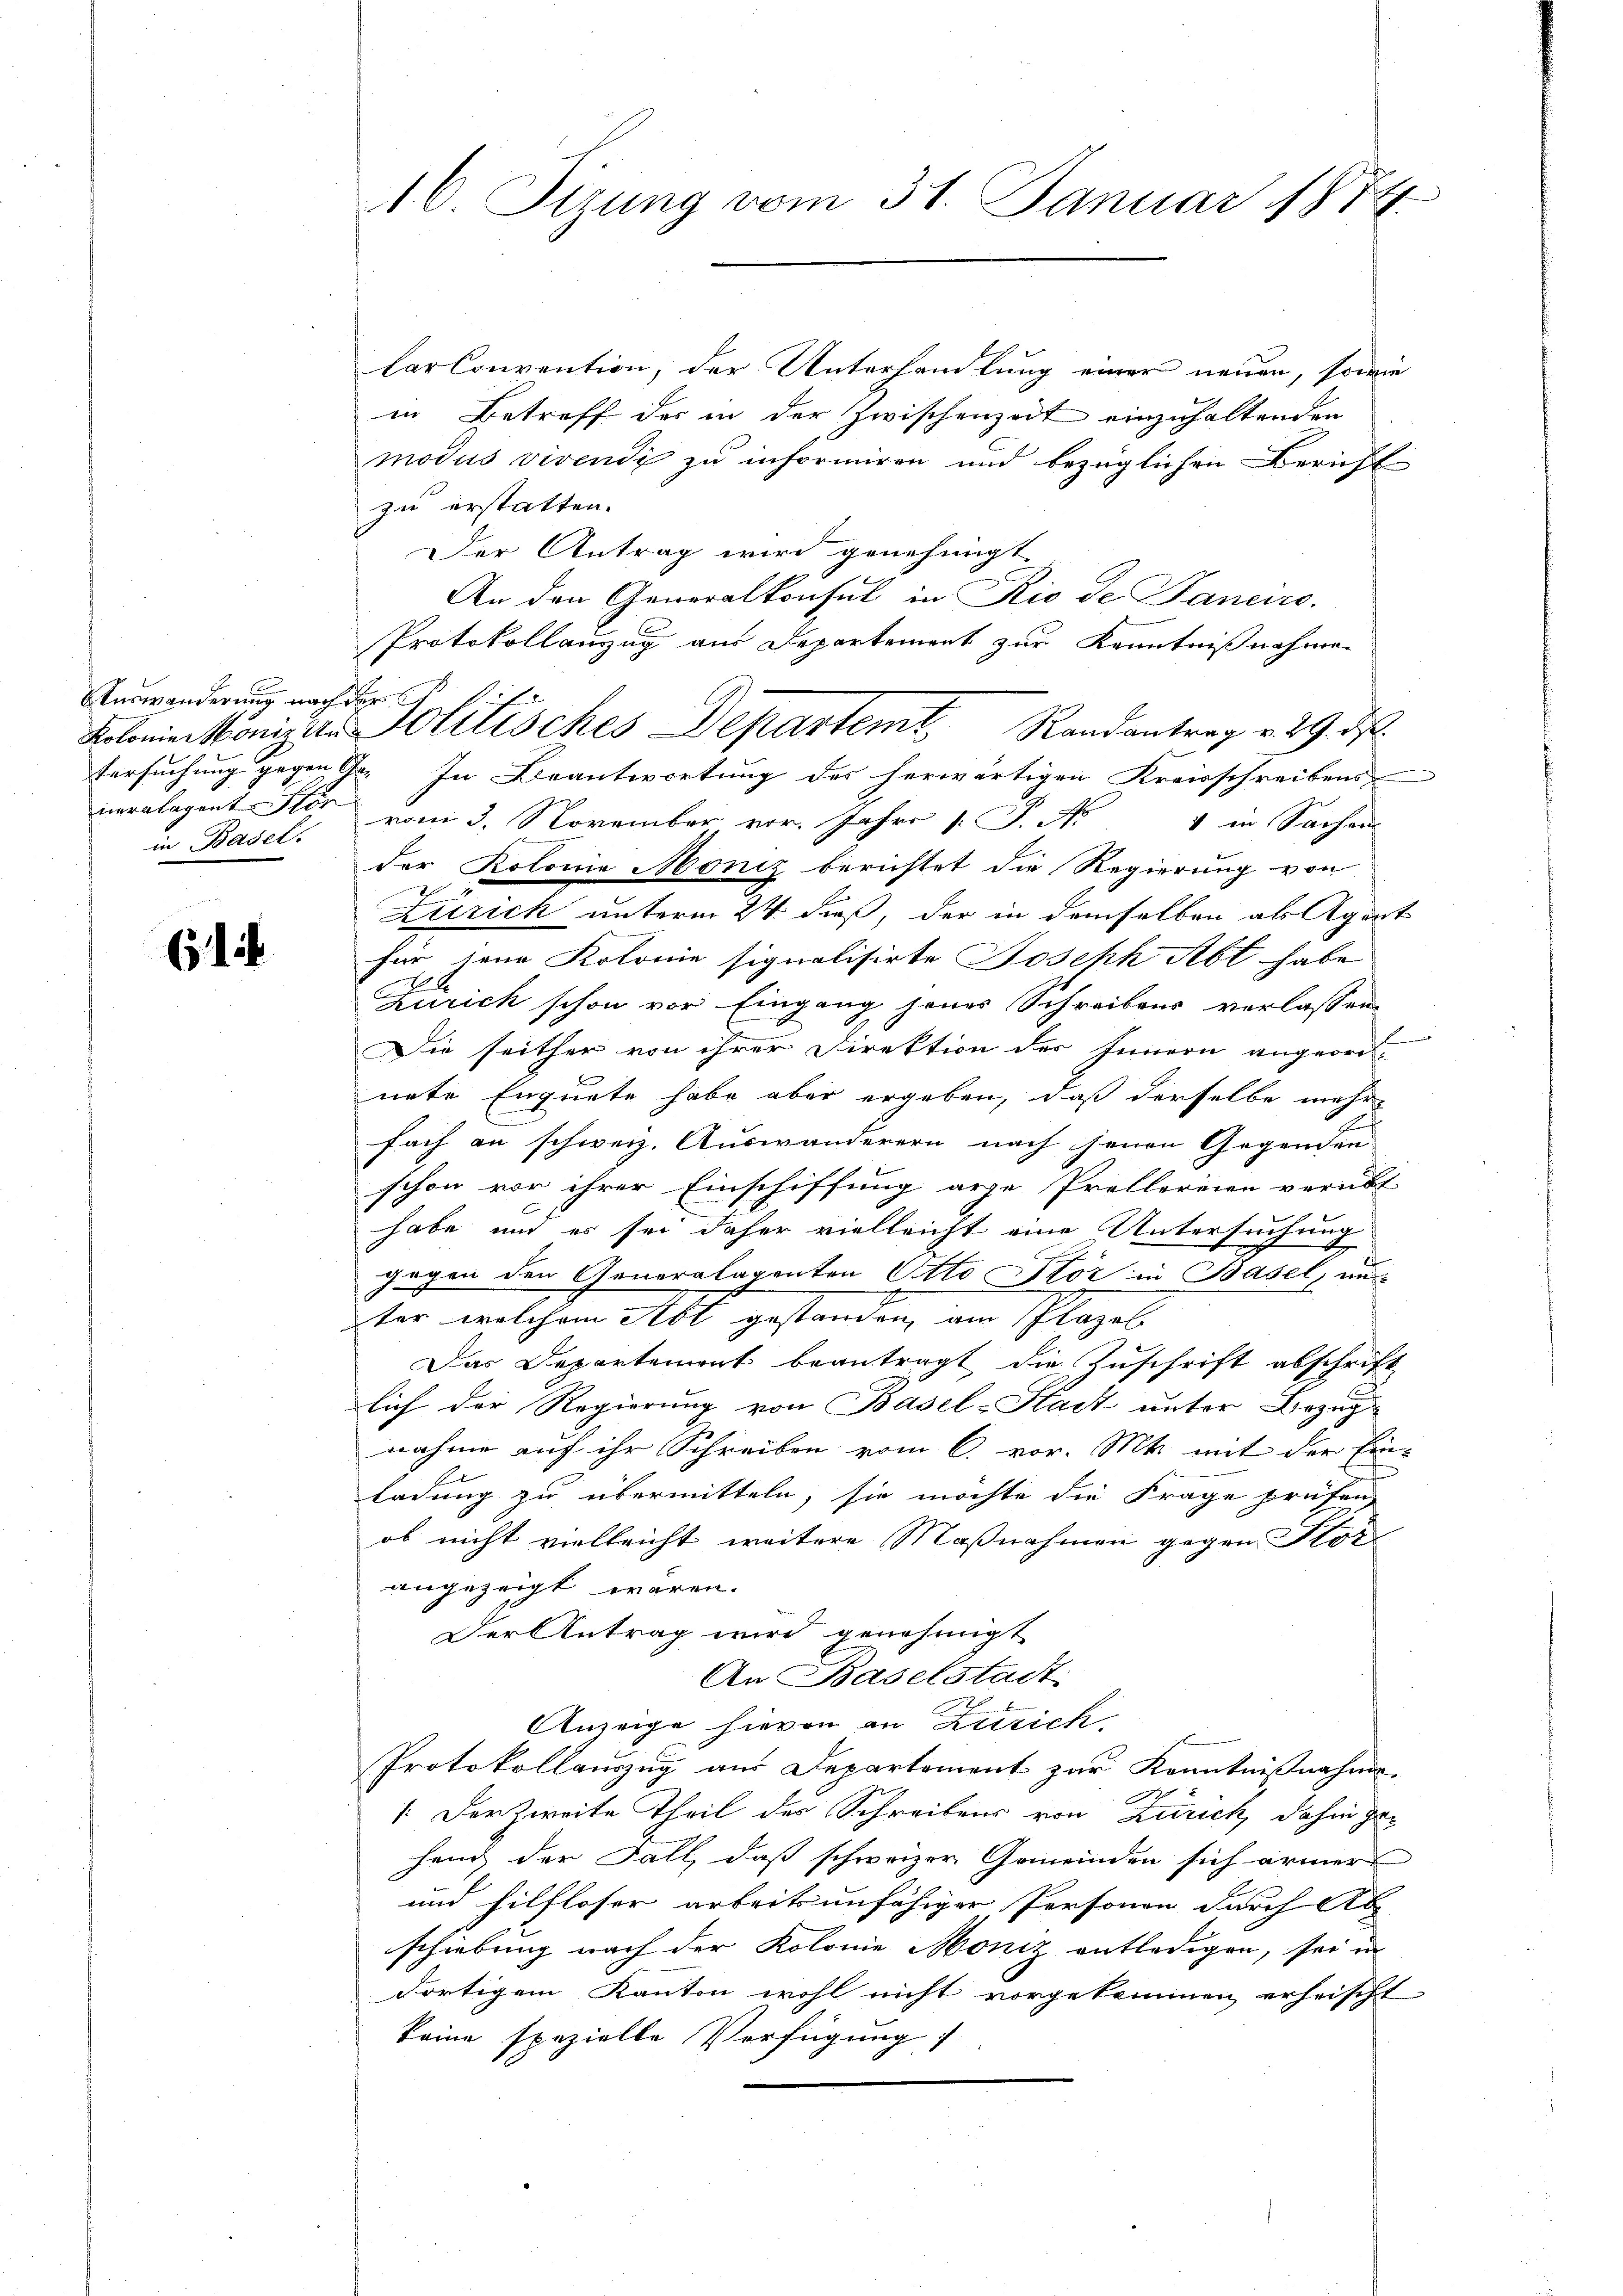
urwänderung nach der
in Basel

614

16. Sizung vom 31. Januar 1874

Carconvention, der Unterhandlung einer neuen, sowie
in Betreff der in der Zwischenzeit einzuhaltenden
modus vivendi zu informiren und bezüglichen Bericht
zu erstatten.
Der Antrag wird genehmigt
An den Generalkonsul in Rio de Janers.
Protokollanzug am Departement zur Kenntnißnahmen
Kolonie origer Politisches Departemt. Randantrag v. 29. ds.
tersuchung gegen Gr. In Beantwortung des herwärtigen Kreisschreibens
neralagent Flor vom 3. November vor. Jahre [P. N
4 in Sachen
der Kolonia Moniz berichtet die Regierung von
Zeirich unterm 24. dieß, der in demselben als Agent
für seine Kolonie signalisirte Joseph Abt habe
Zürich schon vor Eingang jener Schreibens verlassen
Die seither von ihrer Direktion des Innern angeordnete Enquete habe aber ergeben, daß derselbe mehr
e
fach an schweiz. Auswanderern nach jenen Gegenden
schon vor ihrer Einschiffung arge Prellereien verübt
habe und es sei daher vielleicht eine Untersuchung
gegen den Generalagenten Otto Stör in Basel, un
ter welchem Abt gestanden, am Plazel
Das Departement beantragt die Zuschrift abschrift
lich der Regierung von Basel-Stadt unter Bezug
nahme auf ihr Schreiben vom 6. vor. Mts. mit der Ein¬
E
ladung zu übermitteln, sie möchte die Frage prüfen,
ob nicht vielleicht weitere Maßnahmen gegen Klot
angezeigt wären.
Der Antrag wird genehmigt
An Baselstadt
Anzeige hievon in Zürich.
Protokollauszug aus Departement zur Kenntnißnahme
.Der Zweite Theil der Schreibens von Zürich, dahin gehand der Fall, daß schweizer Gemeinden sich ärmer
und hilfloser arbeitsunfähiger Personen durch Ab
schiebung nach der Kolonie Moniz entledigen, sei in
dortigem Kanton wohl nicht vorgekommen erheischt.
keine spezielle Verfügung